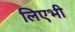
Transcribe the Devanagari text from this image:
लिएभी